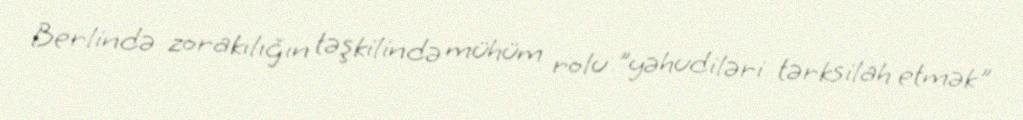
Berlində zorakılığın təşkilində mühüm rolu "yəhudiləri tərksilah etmək"